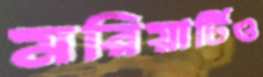
মরিয়ার্টিও